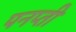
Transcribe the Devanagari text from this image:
पनप्ती